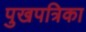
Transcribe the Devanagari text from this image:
पुखपत्रिका